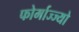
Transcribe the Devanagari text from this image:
फोर्माज्ज्यो